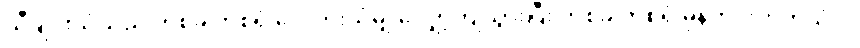
သီချင်းသံသည် တစ်ခါတစ်ရံ လေတိုးသံမျှ လျှော့ကျသွားပြီး တစ်ခါတစ်ရံ မုန်တိုင်းတိုက်သံလို